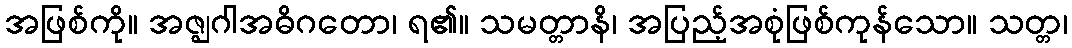
အဖြစ်ကို။ အဇ္ဈဂါအဓိဂတော၊ ရ၏။ သမတ္တာနိ၊ အပြည့်အစုံဖြစ်ကုန်သော။ သတ္တ၊